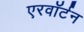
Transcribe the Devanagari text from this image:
एरवॉर्टन